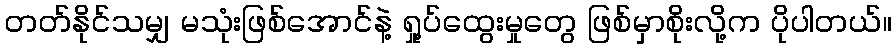
တတ်နိုင်သမျှ မသုံးဖြစ်အောင်နဲ့ ရှု့ပ်ထွေးမှုတွေ ဖြစ်မှာစိုးလို့က ပိုပါတယ်။